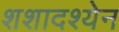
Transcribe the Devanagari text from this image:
शशादश्येन